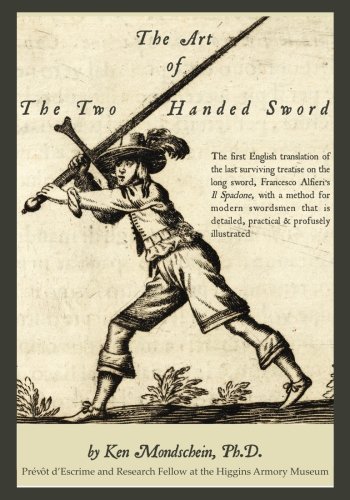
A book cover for The Art of the Two-Handed Sword; Ken Mondschein Ph.D.; Sports & Outdoors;